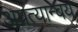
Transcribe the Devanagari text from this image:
अप्रत्यान्वय